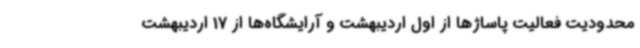
محدودیت فعالیت پاساژها از اول اردیبهشت و آرایشگاه‌ها از 17 اردیبهشت